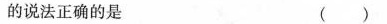
的说法正确的是 ()